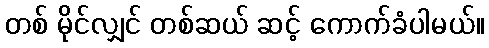
တစ် မိုင်လျှင် တစ်ဆယ် ဆင့် ကောက်ခံပါမယ်။